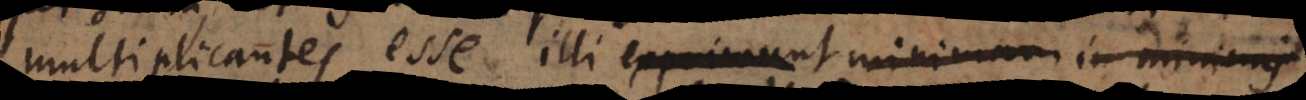
multiplicantes esse illi exprimunt minimam in minimis